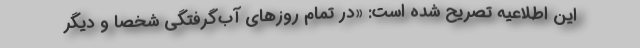
این اطلاعیه تصریح شده است: «در تمام روزهای آب‌گرفتگی شخصاً و دیگر